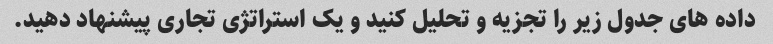
داده های جدول زیر را تجزیه و تحلیل کنید و یک استراتژی تجاری پیشنهاد دهید.